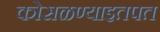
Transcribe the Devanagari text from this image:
कोसळण्याइतपत